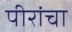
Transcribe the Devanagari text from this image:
पीरांचा